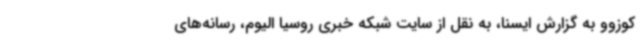
کوزوو به گزارش ایسنا، به نقل از سایت شبکه خبری روسیا الیوم، رسانه‌های